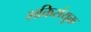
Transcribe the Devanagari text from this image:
शक्तिसंयुक्त